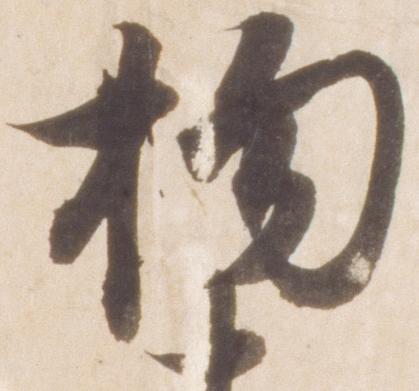
拘